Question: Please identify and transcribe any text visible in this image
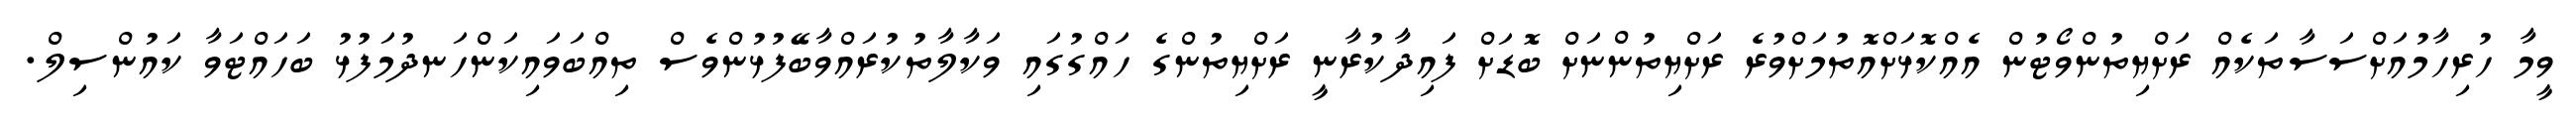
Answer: ވީމާ ހުރިހާމުއަށްސަސާތަކެއް ރަށްޔިތުންވޯޓުން އެއްކޮޅަށްއޮތުމަށްވުރެ ރަށްޔިތުންނަށް ބޮޑަށް ފައިދާކުރާނީ ރަށްޔިތުންގެ ހައްގުގައި ވަކާލާތުކުރައްވާބޭފުޅުންވެސް ތިއްބަވައިކަންހަނދުމަފުޅު ބަހައްޓަވާ ކައުންސިލް.